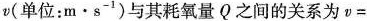
v(单位：m•s^{-1})与其耗氧量Q之间的关系为v=